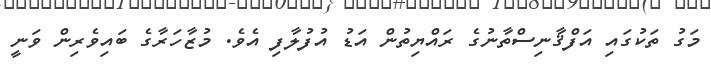
މަގު ތަކުގައި އަފްޤާނިސްތާނުގެ ރައްޔިތުން އަޑު އުފުލާފި އެވެ. މުޒާހަރާގެ ބައިވެރިން ވަނީ